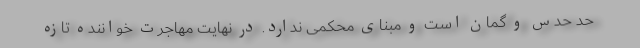
حد حدس و گمان است و مبنای محکمی ندارد. در نهایت مهاجرت خواننده تازه